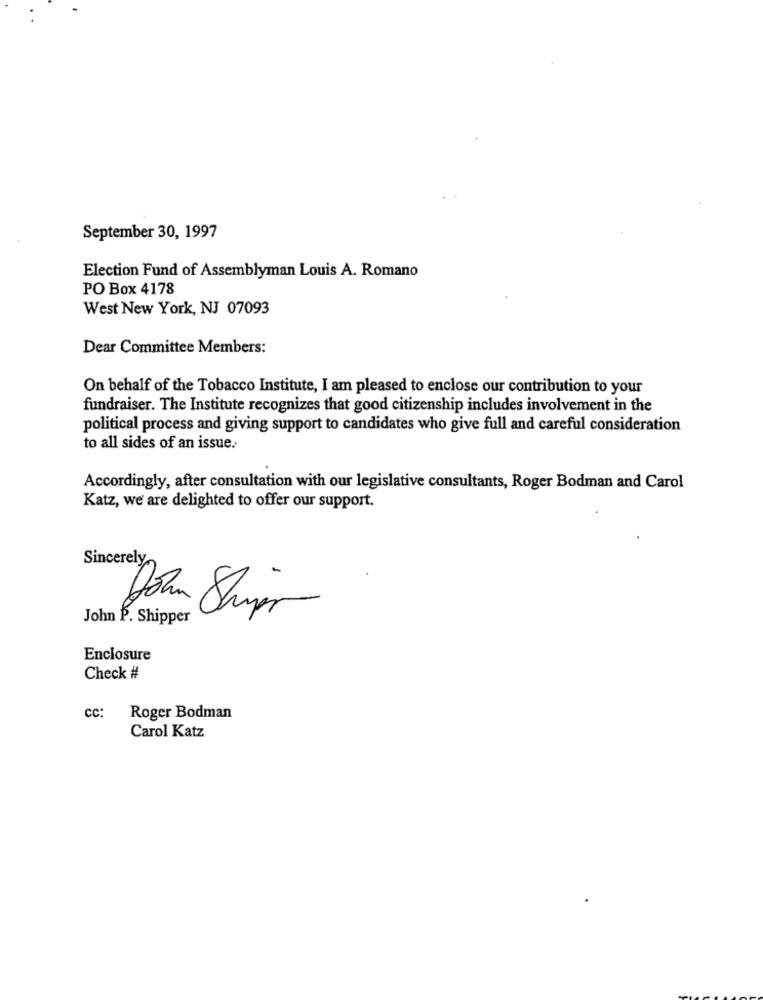
September 30, 1997
Election Fund of Assemblyman Louis A. Romano
PO Box 4178
West New York, NJ 07093
Dear Committee Members:
On behalf of the Tobacco Institute, I am pleased to enclose our contribution to your
fundraiser. The Institute recognizes that good citizenship includes involvement in the
political process and giving support to candidates who give full and careful consideration
to all sides of an issue.
Accordingly, after consultation with our legislative consultants, Roger Bodman and Carol
Katz, we are delighted to offer our support.
Sincerely.
John P. Shipper
Enclosure
Check #
cc:
Roger Bodman
Carol Katz